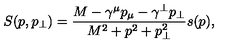
S ( p , p _ { \perp } ) = \frac { M - \gamma ^ { \mu } p _ { \mu } - \gamma ^ { \perp } p _ { \perp } } { M ^ { 2 } + p ^ { 2 } + p _ { \perp } ^ { 2 } } s ( p ) ,